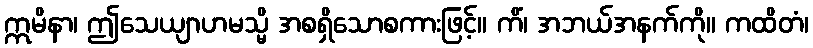
ဣမိနာ၊ ဤသေယျာဟမသ္မိ အစရှိသောစကားဖြင့်။ ကိံ၊ အဘယ်အနက်ကို။ ကထိတံ၊